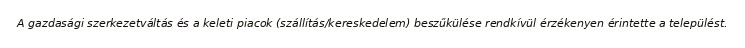
A gazdasági szerkezetváltás és a keleti piacok (szállítás/kereskedelem) beszűkülése rendkívül érzékenyen érintette a települést.